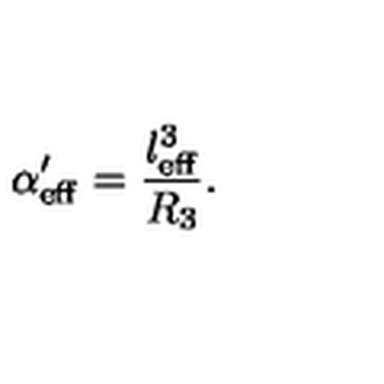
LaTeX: \alpha _ { \mathrm { e f f } } ^ { \prime } = \frac { l _ { \mathrm { e f f } } ^ { 3 } } { R _ { 3 } } .